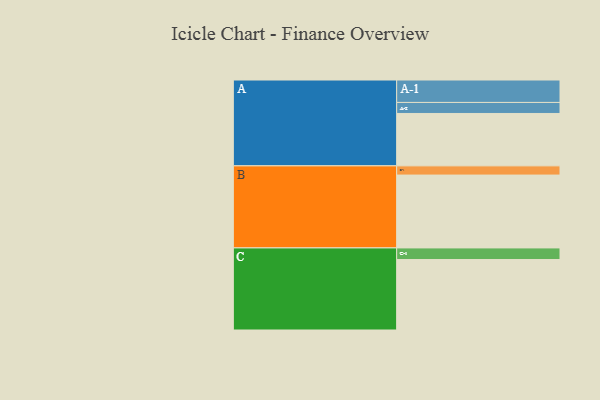
{"axis": {"x": "Segment", "y": "Value"}, "legend": ["", "A", "B", "C"], "data": [{"x": "A", "y": 399, "type": ""}, {"x": "B", "y": 555, "type": ""}, {"x": "C", "y": 537, "type": ""}, {"x": "A-1", "y": 171, "type": "A"}, {"x": "A-2", "y": 84, "type": "A"}, {"x": "B-1", "y": 70, "type": "B"}, {"x": "C-1", "y": 88, "type": "C"}]}